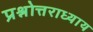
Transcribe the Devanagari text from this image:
प्रश्नोत्तराध्याय